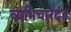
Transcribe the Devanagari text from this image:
व्यभिचारदंड